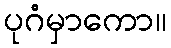
ပုဂံမှာကော။